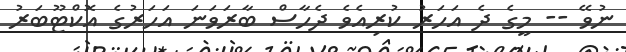
ނުވޭ -- މީގެ ދެ އަހަރު ކުރިއެވެ ދެހާސް ބާރަވަނަ އަހަރުގެ އޮކްޓޫބަރު